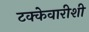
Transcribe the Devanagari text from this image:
टक्केवारीशी